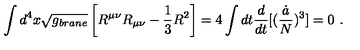
\int d ^ { 4 } x \sqrt { g _ { b r a n e } } \left[ R ^ { \mu \nu } R _ { \mu \nu } - { \frac { 1 } { 3 } } R ^ { 2 } \right] = 4 \int d t { \frac { d } { d t } } [ ( { \frac { \dot { a } } { N } } ) ^ { 3 } ] = 0 \ .